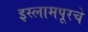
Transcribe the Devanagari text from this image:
इस्लामपूरचे